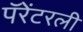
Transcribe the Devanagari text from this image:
पॅरेंटरली